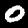
Label: 0